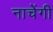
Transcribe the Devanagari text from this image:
नाचेंगी